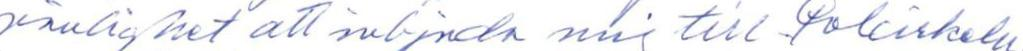
vänlighet att inbjuda mig till Polcirkeln